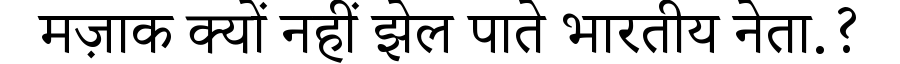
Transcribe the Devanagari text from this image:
मज़ाक क्यों नहीं झेल पाते भारतीय नेता.?